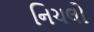
નિચલો